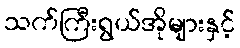
သက်ကြီးရွယ်အိုများနှင့်